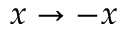
x \to - x